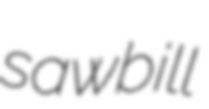
sawbill